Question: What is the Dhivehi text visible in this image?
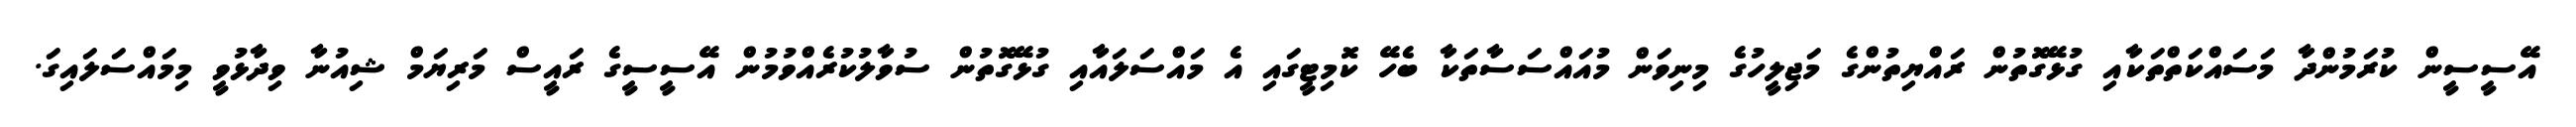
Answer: އޭސީސީން ކުރަމުންދާ މަސައްކަތްތަކާއި ގުޅޭގޮތުން ރައްޔިތުންގެ މަޖިލީހުގެ މިނިވަން މުއައްސަސާތަކާ ބެހޭ ކޮމިޓީގައި އެ މައްސަލައާއި ގުޅޭގޮތުން ސުވާލުކުރެއްވުމުން އޭސީސީގެ ރައީސް މަރިޔަމް ޝިއުނާ ވިދާޅުވީ މިމައްސަލައިގަ.